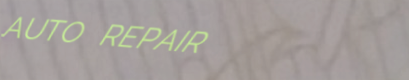
AUTO REPAIR